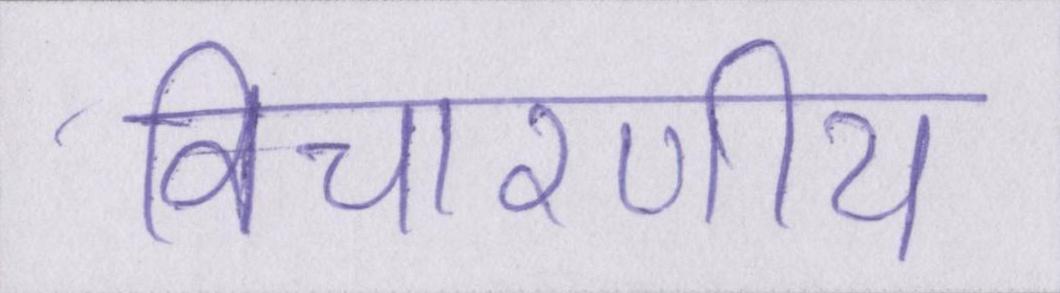
विचारणीय